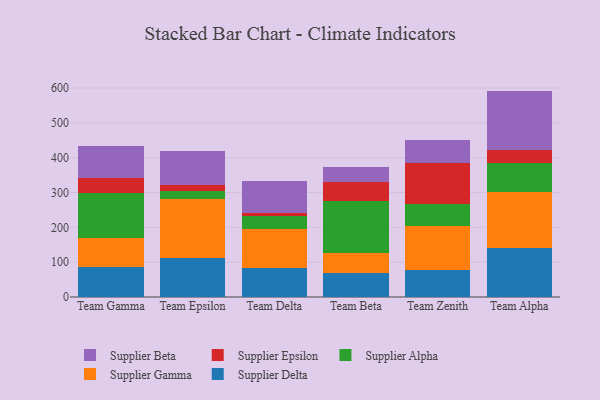
{"axis": {"x": "Team", "y": "Bounce Rate (%)"}, "legend": ["Supplier Alpha", "Supplier Beta", "Supplier Delta", "Supplier Epsilon", "Supplier Gamma"], "data": [{"x": "Team Gamma", "y": 85.8, "type": "Supplier Delta"}, {"x": "Team Gamma", "y": 84.0, "type": "Supplier Gamma"}, {"x": "Team Gamma", "y": 127.9, "type": "Supplier Alpha"}, {"x": "Team Gamma", "y": 45.4, "type": "Supplier Epsilon"}, {"x": "Team Gamma", "y": 90.2, "type": "Supplier Beta"}, {"x": "Team Epsilon", "y": 111.7, "type": "Supplier Delta"}, {"x": "Team Epsilon", "y": 170.7, "type": "Supplier Gamma"}, {"x": "Team Epsilon", "y": 21.7, "type": "Supplier Alpha"}, {"x": "Team Epsilon", "y": 16.8, "type": "Supplier Epsilon"}, {"x": "Team Epsilon", "y": 98.5, "type": "Supplier Beta"}, {"x": "Team Delta", "y": 83.2, "type": "Supplier Delta"}, {"x": "Team Delta", "y": 111.2, "type": "Supplier Gamma"}, {"x": "Team Delta", "y": 39.2, "type": "Supplier Alpha"}, {"x": "Team Delta", "y": 6.3, "type": "Supplier Epsilon"}, {"x": "Team Delta", "y": 94.5, "type": "Supplier Beta"}, {"x": "Team Beta", "y": 70.1, "type": "Supplier Delta"}, {"x": "Team Beta", "y": 56.3, "type": "Supplier Gamma"}, {"x": "Team Beta", "y": 150.5, "type": "Supplier Alpha"}, {"x": "Team Beta", "y": 54.6, "type": "Supplier Epsilon"}, {"x": "Team Beta", "y": 41.1, "type": "Supplier Beta"}, {"x": "Team Zenith", "y": 77.3, "type": "Supplier Delta"}, {"x": "Team Zenith", "y": 125.2, "type": "Supplier Gamma"}, {"x": "Team Zenith", "y": 65.8, "type": "Supplier Alpha"}, {"x": "Team Zenith", "y": 115.5, "type": "Supplier Epsilon"}, {"x": "Team Zenith", "y": 67.5, "type": "Supplier Beta"}, {"x": "Team Alpha", "y": 140.7, "type": "Supplier Delta"}, {"x": "Team Alpha", "y": 160.5, "type": "Supplier Gamma"}, {"x": "Team Alpha", "y": 83.7, "type": "Supplier Alpha"}, {"x": "Team Alpha", "y": 36.9, "type": "Supplier Epsilon"}, {"x": "Team Alpha", "y": 170.2, "type": "Supplier Beta"}]}